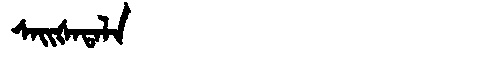
Manchu: ᠰᠠᡳᡧᠠᡨᠠᠯᠠ
Romanization: SAIŠATALA